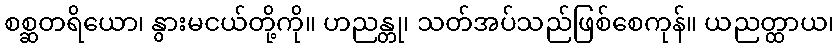
စစ္ဆတရိယော၊ နွားမငယ်တို့ကို။ ဟညန္တု၊ သတ်အပ်သည်ဖြစ်စေကုန်။ ယညတ္ထာယ၊